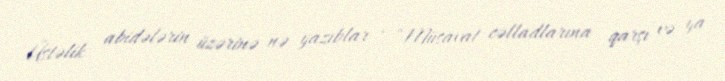
Üstəlik abidələrin üzərinə nə yazıblar - “Müsavat cəlladlarına qarşı və ya